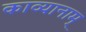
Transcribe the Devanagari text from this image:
काव्यानाम्